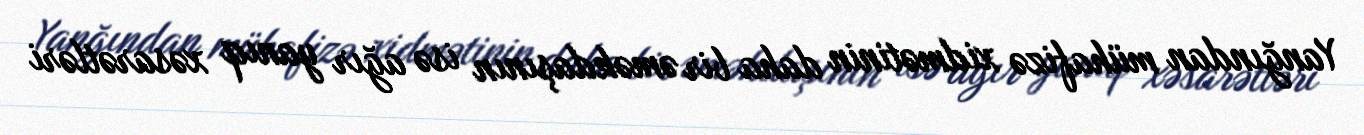
Yanğından mühafizə xidmətinin daha bir əməkdaşının isə ağır yanıq xəsarətləri